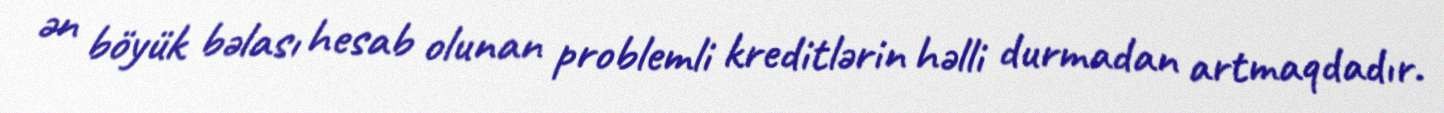
ən böyük bəlası hesab olunan problemli kreditlərin həlli durmadan artmaqdadır.